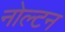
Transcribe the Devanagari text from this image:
नोल्टन